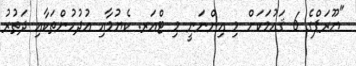
"ޔޫރަޕްގެ 6 ޤައުމަކަށް މި އިންނަނީ މި ޓްއަރ. ކެޔުމާއި އުދުހުންތަކާއި ދަތުރު